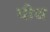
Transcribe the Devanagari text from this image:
पीथ